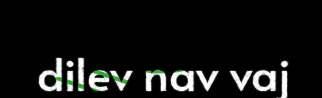
dilev nav vaj